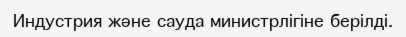
Индустрия және сауда министрлігіне берілді.